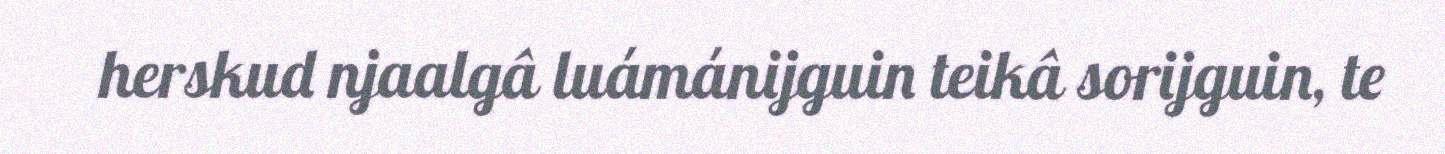
herskud njaalgâ luámánijguin teikâ sorijguin, te